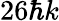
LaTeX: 26\hbar k